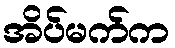
အိပ်မက်က